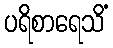
ပရိစာရေသိံ